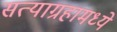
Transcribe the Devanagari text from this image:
सत्याग्रहामध्ये